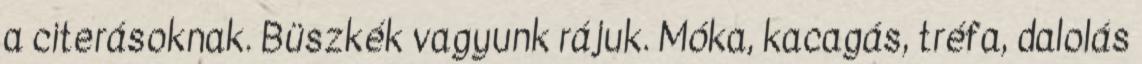
a citerásoknak. Büszkék vagyunk rájuk. Móka, kacagás, tréfa, dalolás